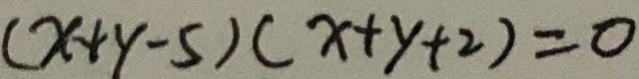
( x + y - 5 ) ( x + y + 2 ) = 0